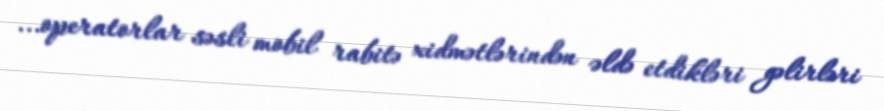
...operatorlar səsli mobil rabitə xidmətlərindən əldə etdikləri gəlirləri